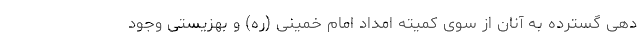
دهی گسترده به آنان از سوی کمیته امداد امام خمینی (ره) و بهزیستی وجود